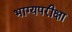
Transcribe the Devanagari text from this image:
भाग्यपरीक्षा